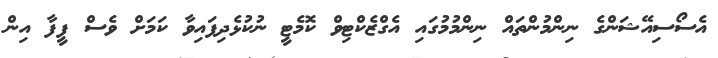
އެސޯސިއޭޝަންގެ ނިންމުންތައް ނިންމުމުގައި އެގްޒެކްޓިވް ކޮމެޓީ ނުކުޅެދިފައިވާ ކަމަށް ވެސް ފީފާ އިން